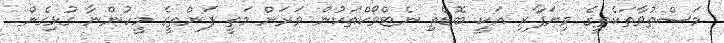
މަސްތުވާތަކެތީގެ ވިޔަފާރި އަކީ ބޮޑެތި ނެޓްވޯކްތަކުން ވަރަށް މަތީ ފަންތީގެ މީހުންނާ ގުޅިގެން